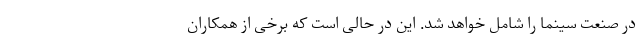
در صنعت سینما را شامل خواهد شد. این در حالی است که برخی از همکاران